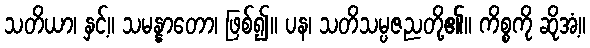
သတိယာ၊ နှင့်။ သမန္နာတော၊ ဖြစ်၍။ ပန၊ သတိသမ္ပဇညတို့၏။ ကိစ္စကို ဆိုအံ့။